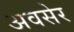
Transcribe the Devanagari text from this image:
अवसेर